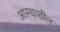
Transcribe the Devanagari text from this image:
आस्थाशील